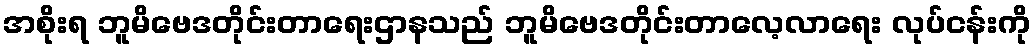
အစိုးရ ဘူမိဗေဒတိုင်းတာရေးဌာနသည် ဘူမိဗေဒတိုင်းတာလေ့လာရေး လုပ်ငန်းကို